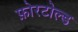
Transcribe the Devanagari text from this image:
फ़ोरटोल्ड